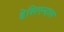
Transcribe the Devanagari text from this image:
हेसिएन्दास